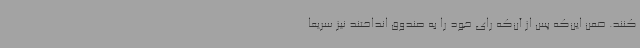
کنند. ضمن این‌که پس از آن‌که رای خود را به صندوق انداختند نیز سریعا